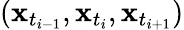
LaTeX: (\mathbf{x}_{t_{i-1}},\mathbf{x}_{t_{i}},\mathbf{x}_{t_{i+1}})